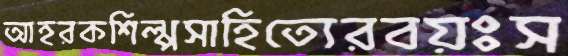
আহরকশিল্পসাহিত্যেরবয়ঃস